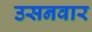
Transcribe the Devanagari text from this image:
उसनवार